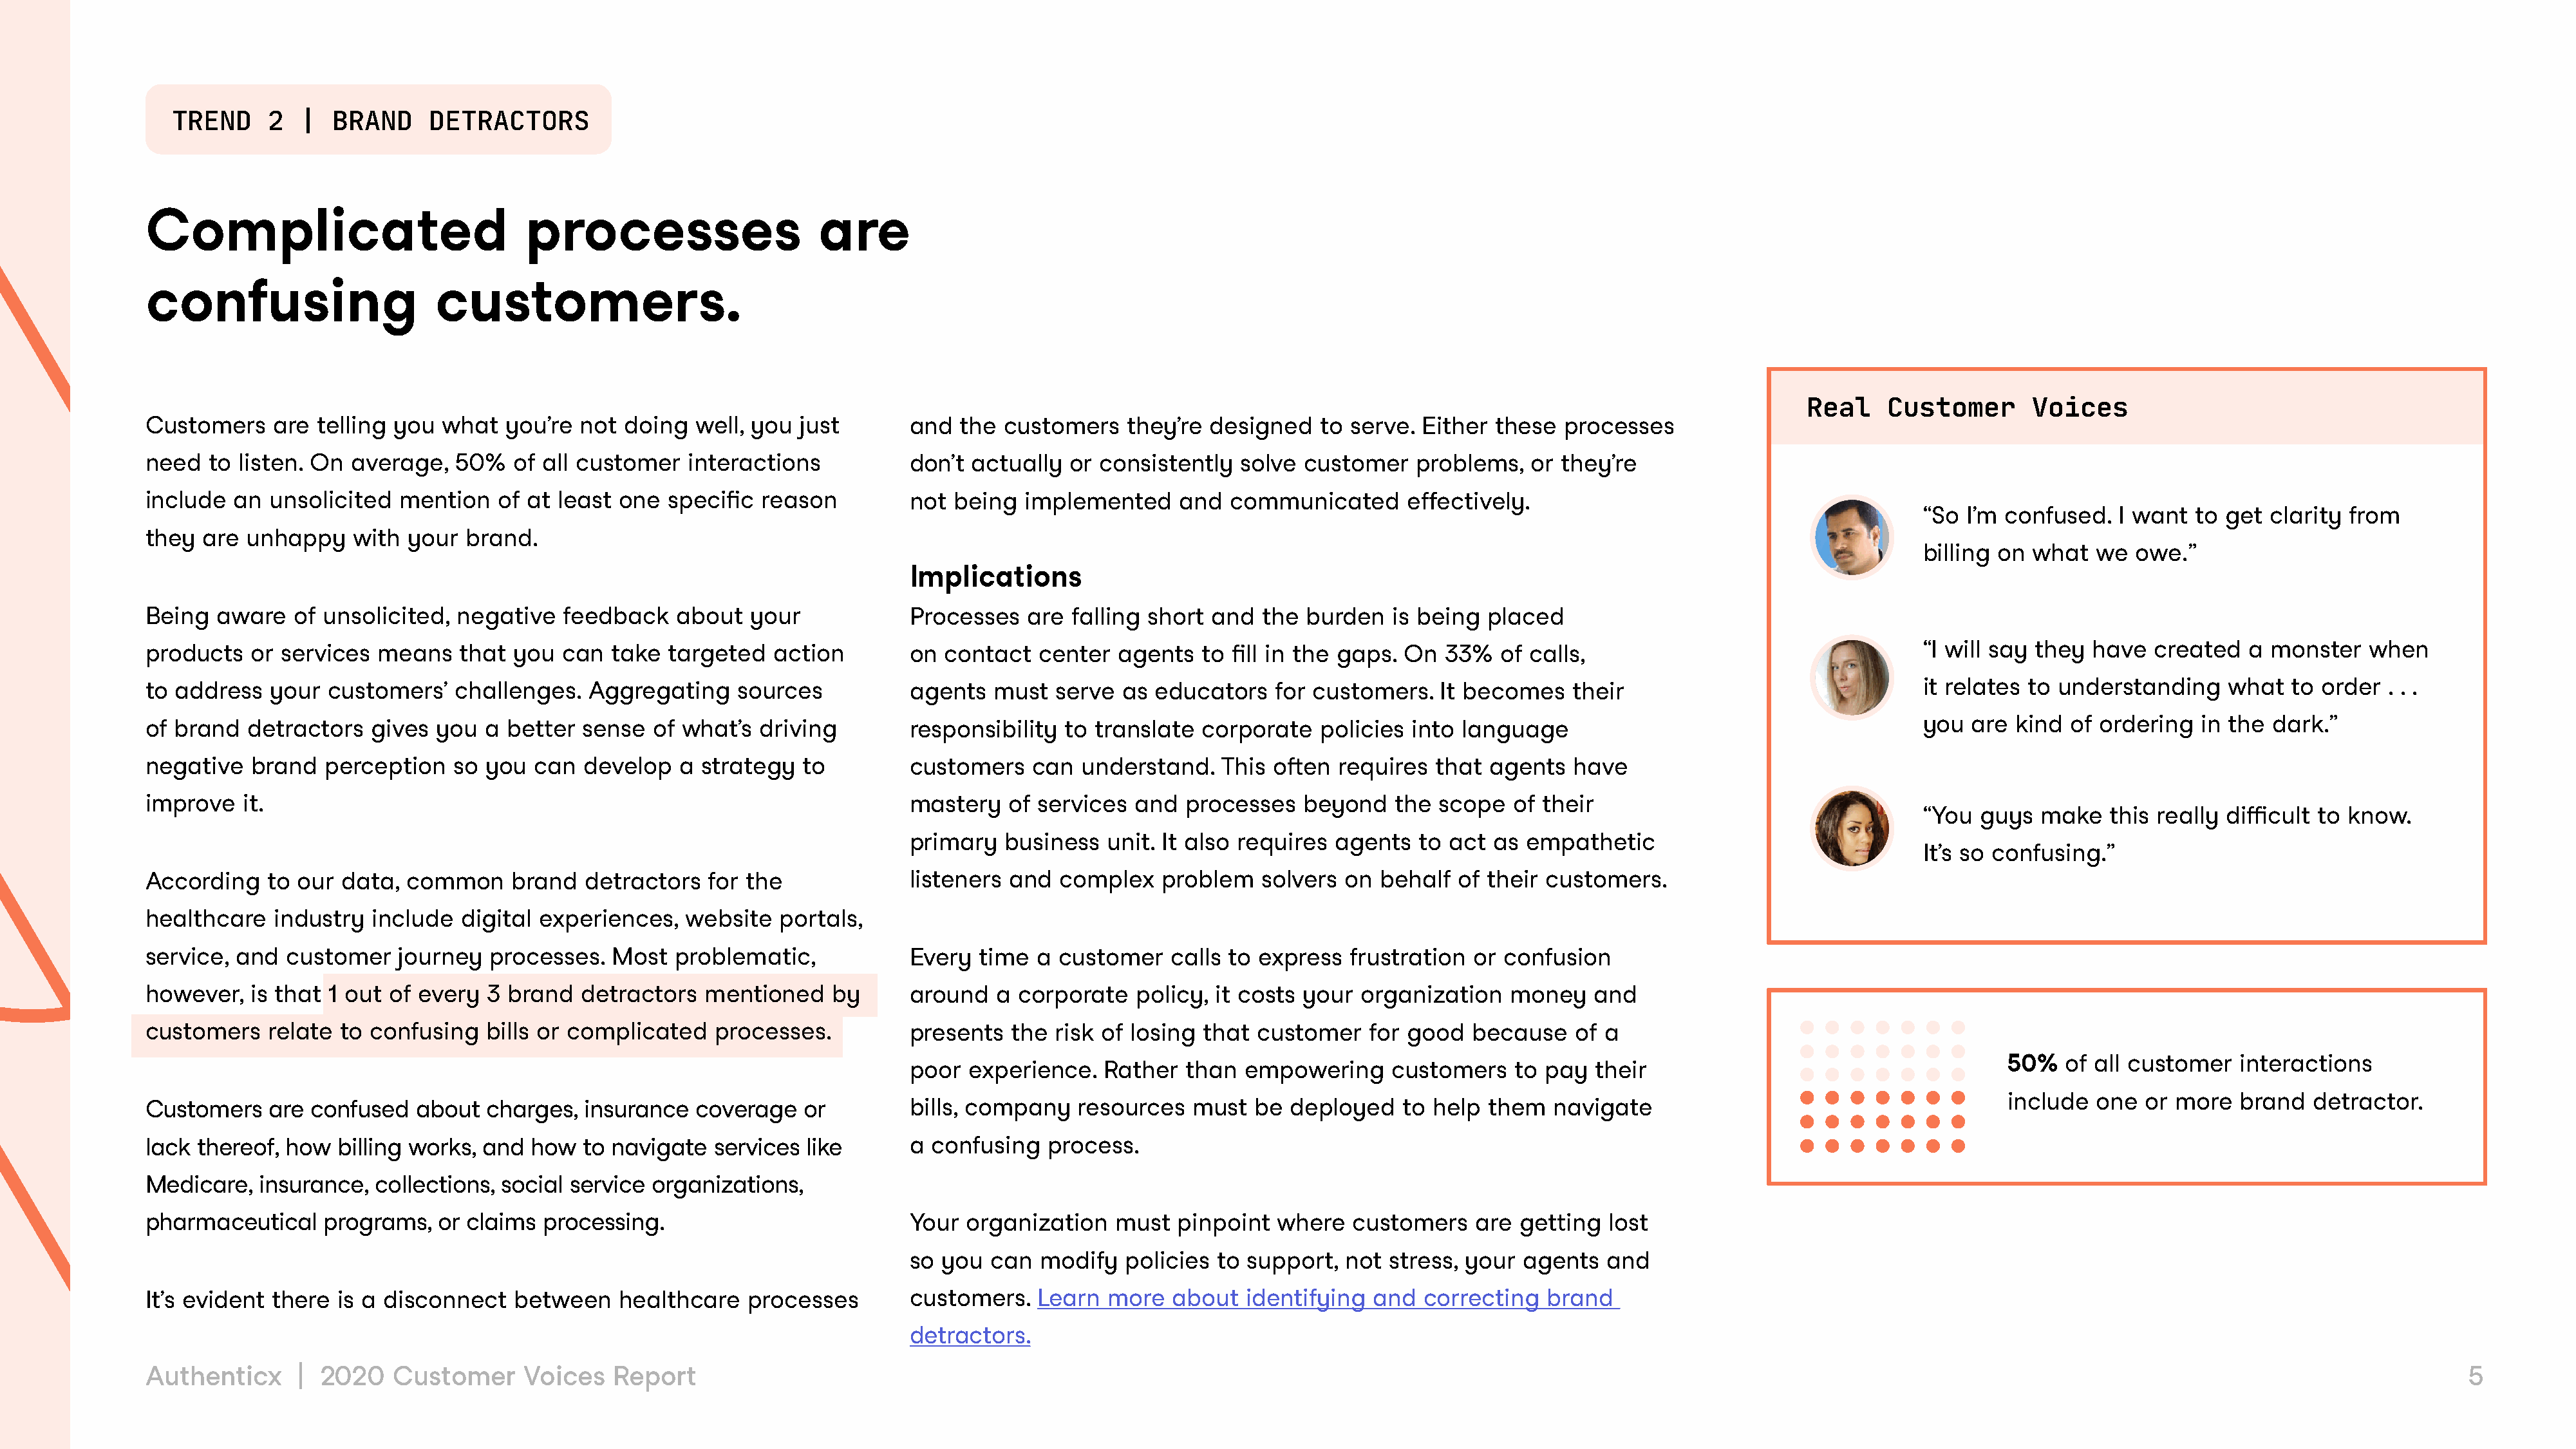
TREND     2  |  BRAND     DETRACTORS
 Complicated                            processes                     are
 confusing                     customers.
 Real    Customer       Voices
 Customers    are  telling you  what  you’re  not doing  well, you  just        and  the customers    they’re designed    to serve. Either  these  processes
 need  to  listen. On average,   50%   of all customer   interactions           don’t actually  or consistently   solve customer    problems,  or they’re
 include  an  unsolicited  mention   of at least  one  specific reason          not being  implemented     and  communicated       effectively.
 “So I’m confused.   I want  to get clarity from
 they  are unhappy    with  your  brand.
 billing on what  we   owe.”
 Implications
 Being  aware   of unsolicited,  negative   feedback    about  your             Processes   are falling short  and  the burden   is being  placed
 products   or services  means   that  you  can  take  targeted   action        on contact   center  agents   to fill in the gaps. On  33%  of calls,                                   “I will say they have  created   a monster    when
 to address   your  customers’   challenges.  Aggregating     sources           agents  must   serve as  educators   for customers.   It becomes    their                               it relates to understanding    what   to order  . . .
 of brand  detractors   gives  you  a better  sense  of what’s  driving         responsibility to  translate  corporate   policies into language                                        you  are kind  of ordering  in the  dark.”
 negative   brand  perception    so you  can  develop   a strategy   to         customers   can  understand.    This often  requires  that agents   have
 improve   it.                                                                  mastery   of services  and  processes   beyond   the  scope   of their
 “You  guys  make   this really difficult to know.
 primary  business   unit. It also requires agents   to act as  empathetic
 It’s so confusing.”
 According    to our data,  common     brand  detractors   for the              listeners and  complex   problem    solvers on  behalf  of their customers.
 healthcare   industry  include  digital experiences,    website  portals,
 service, and  customer    journey  processes.   Most  problematic,             Every  time  a customer   calls to express   frustration or  confusion
 however,   is that 1 out of every  3 brand   detractors  mentioned     by      around  a  corporate   policy, it costs your  organization   money    and
 customers    relate to confusing   bills or complicated    processes.          presents  the  risk of losing that customer    for good  because    of a
 50%   of all customer   interactions
 poor  experience.   Rather  than  empowering     customers    to pay  their
 include   one  or more  brand   detractor.
 Customers    are confused   about  charges,  insurance   coverage   or         bills, company   resources   must  be  deployed   to help  them   navigate
 lack thereof, how   billing works, and  how  to navigate  services  like       a confusing   process.
 Medicare,   insurance,  collections, social service organizations,
 pharmaceutical    programs,   or claims  processing.                           Your organization    must  pinpoint  where   customers    are getting  lost
 so you  can  modify   policies to support,  not  stress, your  agents  and
 It’s evident there  is a disconnect   between    healthcare   processes        customers.   Learn  more   about  identifying  and  correcting   brand
 detractors.
 Authenticx      | 2020   Customer      Voices   Report                                                                                                                                                                                         5